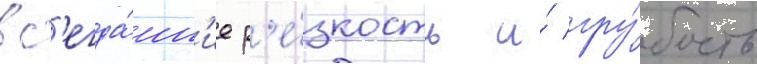
вс'егда́шн'ие р'е́зкость и́ гру́бость